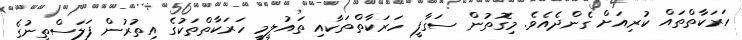
ހަރަކާތްތައް ކުރިއަށް ގެންދެއެވެ. މިގޮތުން ސަގާފީ ހަރަކާތްތަކާއި ތައުލީމީ ހަރަކާތްތަކުގެ އިތުރުން ފަލަސްތީނުގެ